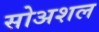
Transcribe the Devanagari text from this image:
सोअशल